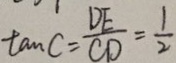
\tan C = \frac { D E } { C D } = \frac { 1 } { 2 }